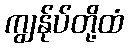
ကျွန်ုပ်တို့ထံ